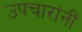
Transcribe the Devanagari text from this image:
उपचारांनीं